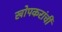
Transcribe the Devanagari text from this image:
खोपकरांची